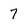
Character: 7